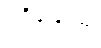
ပဝိသေယျ